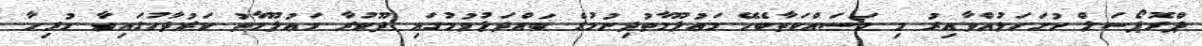
ޕްރޮޕޯސަލް ހުށަހަޅުއްވާއިރު މި މަސައްކަތާބެހޭ މަޢުލޫމާތުދިނުމުގެ ބައްދަލުވުމުގައި ދޫކުރާ މަޢުލޫމާތު ކަރުދާހުގައިވާ ހުރިހާ